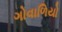
ગોવાળિયો